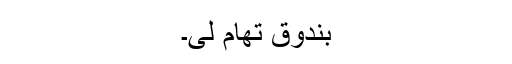
بندوق تھام لی۔